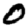
Digit: 0